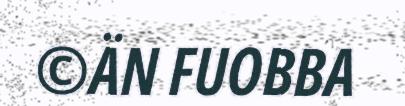
©ÄN FUOBBA